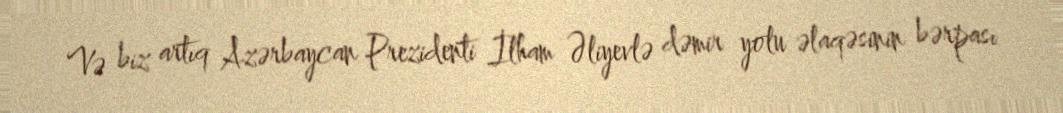
Və biz artıq Azərbaycan Prezidenti İlham Əliyevlə dəmir yolu əlaqəsinin bərpası